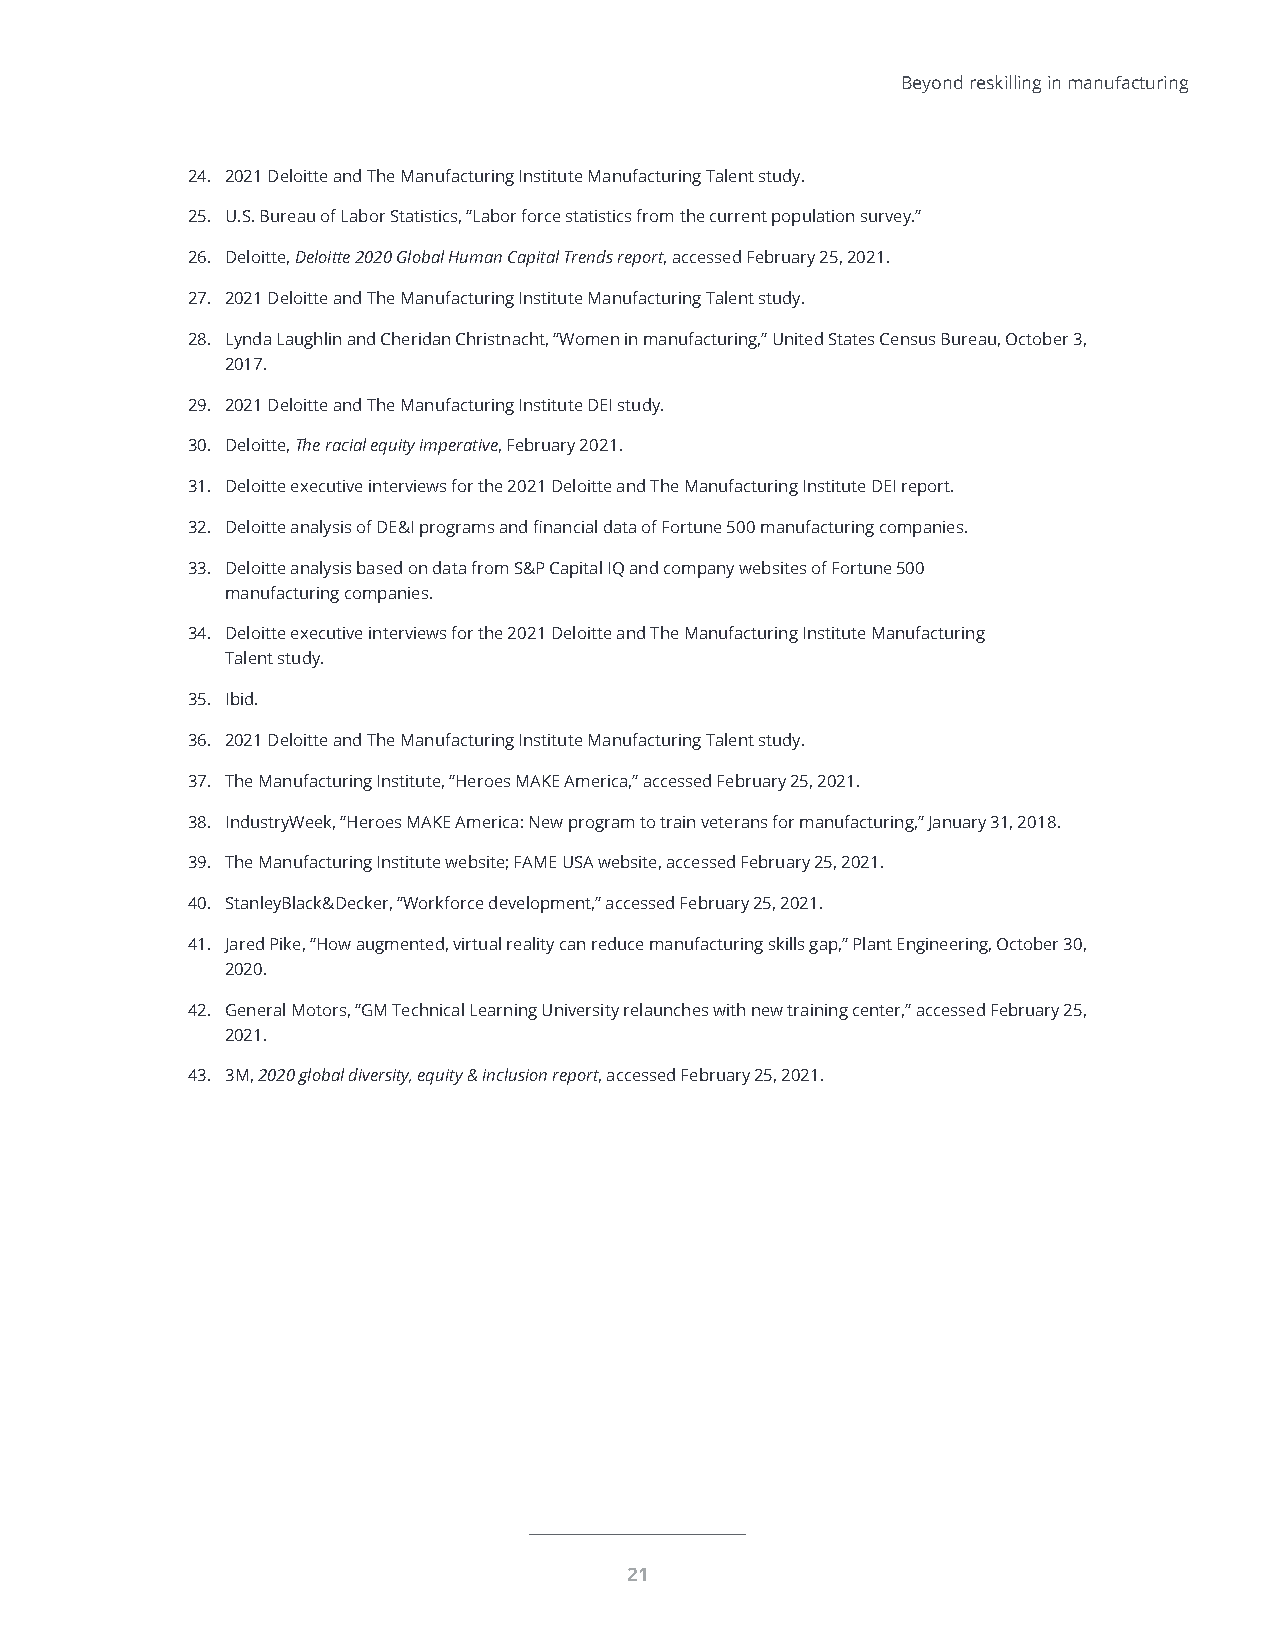
Beyond reskilling in manufacturing
 24. 2021 Deloitte and The Manufacturing Institute Manufacturing Talent study.
 25. U.S. Bureau of Labor Statistics, “Labor force statistics from the current population survey.”
 26. Deloitte, Deloitte 2020 Global Human Capital Trends report, accessed February 25, 2021.
 27. 2021 Deloitte and The Manufacturing Institute Manufacturing Talent study.
 28. Lynda Laughlin and Cheridan Christnacht, “Women in manufacturing,” United States Census Bureau, October 3,
 2017.
 29. 2021 Deloitte and The Manufacturing Institute DEI study.
 30. Deloitte, The racial equity imperative, February 2021.
 31. Deloitte executive interviews for the 2021 Deloitte and The Manufacturing Institute DEI report.
 32. Deloitte analysis of DE&I programs and financial data of Fortune 500 manufacturing companies.
 33. Deloitte analysis based on data from S&P Capital IQ and company websites of Fortune 500
 manufacturing companies.
 34. Deloitte executive interviews for the 2021 Deloitte and The Manufacturing Institute Manufacturing
 Talent study.
 35. Ibid.
 36. 2021 Deloitte and The Manufacturing Institute Manufacturing Talent study.
 37. The Manufacturing Institute, “Heroes MAKE America,” accessed February 25, 2021.
 38. IndustryWeek, “Heroes MAKE America: New program to train veterans for manufacturing,” January 31, 2018.
 39. The Manufacturing Institute website; FAME USA website, accessed February 25, 2021.
 40. StanleyBlack&Decker, “Workforce development,” accessed February 25, 2021.
 41. Jared Pike, “How augmented, virtual reality can reduce manufacturing skills gap,” Plant Engineering, October 30,
 2020.
 42. General Motors, “GM Technical Learning University relaunches with new training center,” accessed February 25,
 2021.
 43. 3M, 2020 global diversity, equity & inclusion report, accessed February 25, 2021.
 21